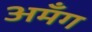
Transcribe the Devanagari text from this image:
अमँग